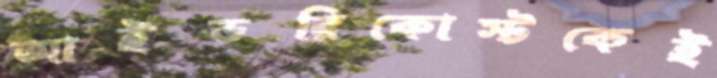
আইভরিকোস্টকেই